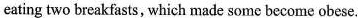
eating two breakfasts, which made some become obese.